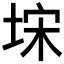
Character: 𭎥